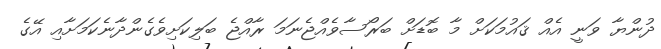
ދުންޔާ ވަނީ އެއް ޤައުމަކަށް މާ ބޮޑަށް ބަރޯސާވެއްޖެނަމަ ރާއްޖެ ބަލިކަށިވެގެންދާނެކަމަށާއި އޭގެ